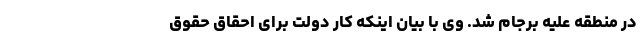
در منطقه علیه برجام شد. وی با بیان اینکه کار دولت برای احقاق حقوق